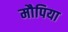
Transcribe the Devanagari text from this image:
मौपिया